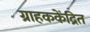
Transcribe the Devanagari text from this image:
ग्राहककेंद्रित